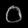
Digit: ၀